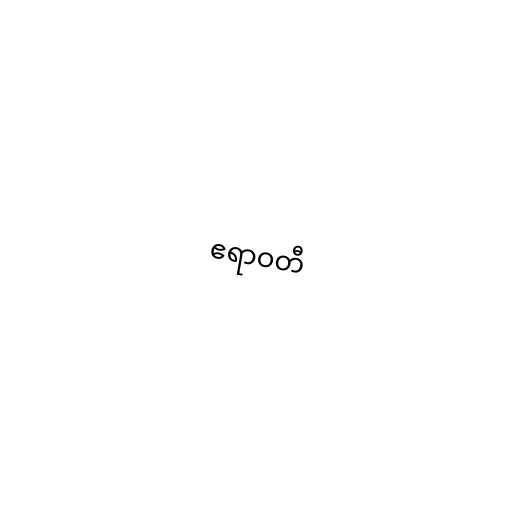
ဧရာဝတီ